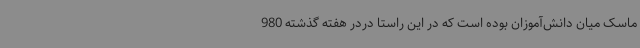
ماسک میان دانش‌آموزان بوده است که در این راستا دردر هفته گذشته 980